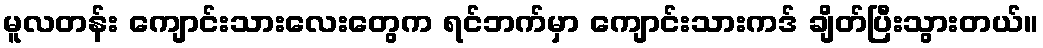
မူလတန်း ကျောင်းသားလေးတွေက ရင်ဘက်မှာ ကျောင်းသားကဒ် ချိတ်ပြီးသွားတယ်။